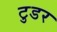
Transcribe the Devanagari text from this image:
टुडर